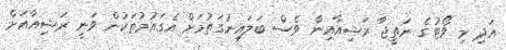
އަދި މި ވޯޓުގެ ނަތީޖާ ރަޝިއާއިން ވެސް ބަލައިނުގަތުމަށް އެގައުމުތަކުން ވަނީ ރަޝިއާއަށް